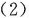
(2)